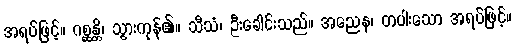
အရပ်ဖြင့်။ ဂစ္ဆန္တိ၊ သွားကုန်၏။ သီသံ၊ ဦးခေါင်းသည်။ အညေန၊ တပါးသော အရပ်ဖြင့်။